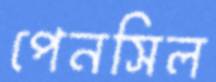
পেনসিল